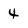
Character: 4